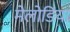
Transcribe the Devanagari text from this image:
मेलोडिया